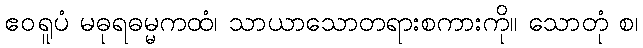
ဧဝရူပံ မဓုရဓမ္မကထံ၊ သာယာသောတရားစကားကို။ သောတုံ စ၊